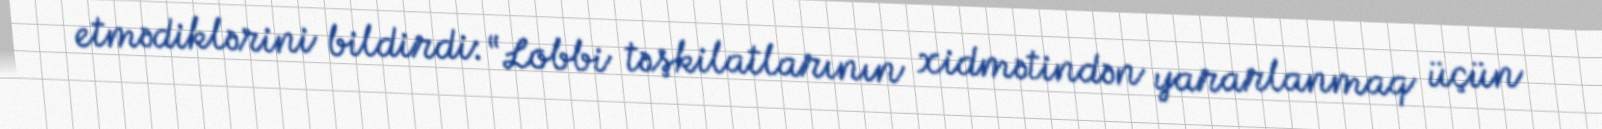
etmədiklərini bildirdi: “Lobbi təşkilatlarının xidmətindən yararlanmaq üçün